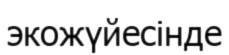
экожүйесінде